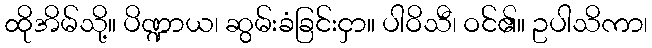
ထိုအိမ်သို့။ ပိဏ္ဍာယ၊ ဆွမ်းခံခြင်းငှာ။ ပါဝိသီ၊ ဝင်၏။ ဥပါသိကာ၊